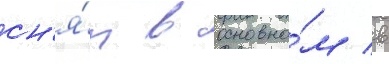
сн'я́т в основно́м в